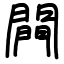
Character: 闁